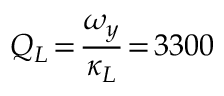
Q _ { L } \! = \! \frac { \omega _ { y } } { \kappa _ { L } } \! = \! 3 3 0 0